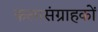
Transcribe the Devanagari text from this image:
कलासंग्राहकों